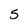
Character: 5